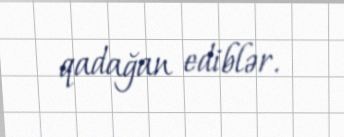
qadağan ediblər.